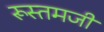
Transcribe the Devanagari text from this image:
रूस्‍तमजी